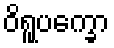
ဝိရူပက္ခော